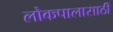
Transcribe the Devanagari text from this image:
लोकपालासाठी